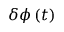
\delta \phi \left( t \right)